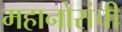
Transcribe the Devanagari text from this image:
महानोरांची